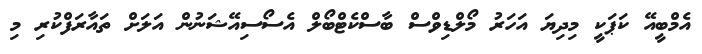
އެމްބީއޭ ކަޕަކީ މިދިޔަ އަހަރު މޯލްޑިވްސް ބާސްކެޓްބޯލް އެސޯސިއޭޝަނުން އަލަށް ތައާރަފްކުރި މި